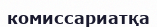
комиссариатқа